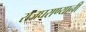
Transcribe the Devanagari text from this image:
राजघराण्यानी